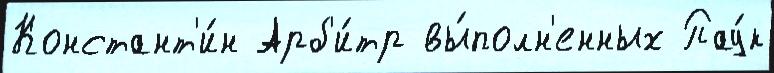
Констант'и́н Арб'и́тр вы́полн'енных Пау́к